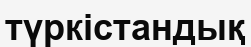
түркістандық